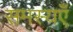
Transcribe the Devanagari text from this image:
समस्यएँ